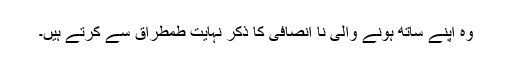
وہ اپنے ساتھ ہونے والی نا انصافی کا ذکر نہایت طمطراق سے کرتے ہیں۔